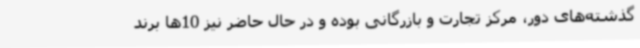
گذشته‌های دور، مرکز تجارت و بازرگانی بوده و در حال حاضر نیز 10ها برند